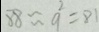
8 8 \approx 9 ^ { 2 } = 8 1